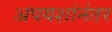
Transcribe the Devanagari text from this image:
अपयशांनंतर